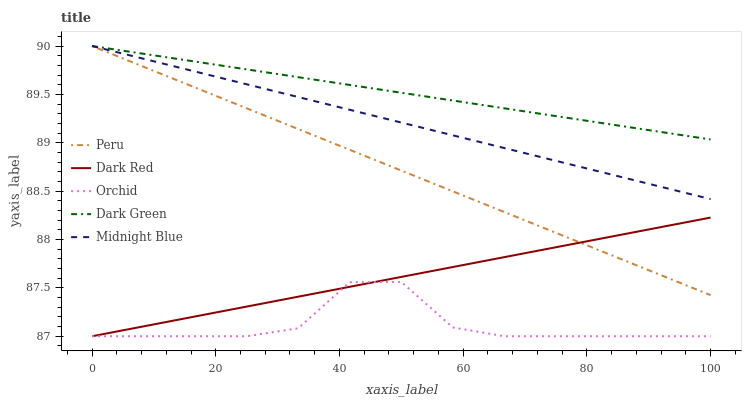
| xaxis_label | Peru | Dark Red | Orchid | Dark Green | Midnight Blue |
 | --- | --- | --- | --- | --- | --- |
 | 0 | 90 | 87 | 87 | 90 | 90 |
 | 8.33 | 89.8 | 87.1 | 87 | 89.9 | 89.9 |
 | 16.7 | 89.6 | 87.2 | 87 | 89.8 | 89.7 |
 | 25 | 89.4 | 87.3 | 87 | 89.8 | 89.6 |
 | 33.3 | 89.1 | 87.4 | 87.1 | 89.7 | 89.5 |
 | 41.7 | 88.9 | 87.5 | 87.6 | 89.6 | 89.3 |
 | 50 | 88.7 | 87.6 | 87.6 | 89.5 | 89.2 |
 | 58.3 | 88.5 | 87.7 | 87.1 | 89.4 | 89.1 |
 | 66.7 | 88.3 | 87.8 | 87 | 89.4 | 88.9 |
 | 75 | 88.1 | 87.9 | 87 | 89.3 | 88.8 |
 | 83.3 | 87.9 | 88 | 87 | 89.2 | 88.7 |
 | 91.7 | 87.6 | 88.1 | 87 | 89.1 | 88.5 |
 | 100 | 87.4 | 88.2 | 87 | 89 | 88.4 |